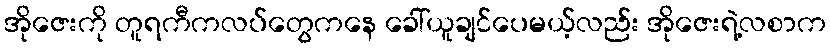
အိုဇေးကို တူရကီကလပ်တွေကနေ ခေါ်ယူချင်ပေမယ့်လည်း အိုဇေးရဲ့လစာက